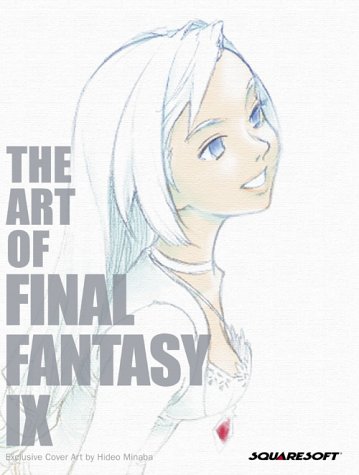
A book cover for The Art of Final Fantasy IX; Dan Birlew; Arts & Photography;